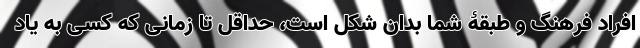
افراد فرهنگ و طبقۀ شما بدان شکل است، حداقل تا زمانی که کسی به یاد